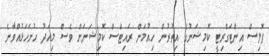
ޕޮލިސް އިންޓަގްރިޓީ ކޮމިޝަނުގެ އިތުރުން ހިއުމަން ރައިޓްސް ކޮމިޝަނަށް ވެސް މިއަދު ހުށަހަޅުއްވާނެ